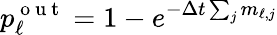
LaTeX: p_{\ell}^{\mathrm{~o~u~t~}}=1-e^{-\Delta t\sum_{j}m_{\ell,j}}